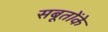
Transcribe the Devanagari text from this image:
सबूतोंके